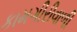
કામગીરીવાળી